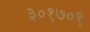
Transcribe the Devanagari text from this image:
३०१७०९